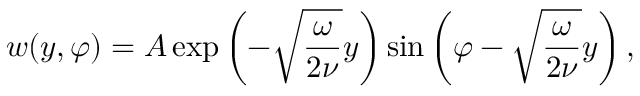
w ( y , \varphi ) = A \exp \left( - \sqrt { \frac { \omega } { 2 \nu } } y \right) \sin \left( \varphi - \sqrt { \frac { \omega } { 2 \nu } } y \right) ,